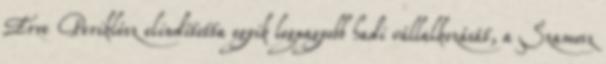
Erre Periklész elindította egyik legnagyobb hadi vállalkozását, a Szamosz